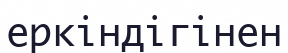
еркіндігінен